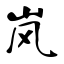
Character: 岚